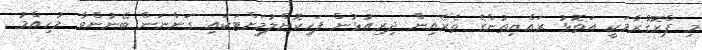
މި ޕްރޮގްރާމަކީ އަތޮޅު ރައްޔިތުންގެ ތެރެއިން ދިރިއުޅުން ފަހިކޮށްލުމަށްޓަކައި ގަންނަން ބޭނުންވާ މުހިއްމު